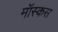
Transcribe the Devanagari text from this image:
मॉस्कस